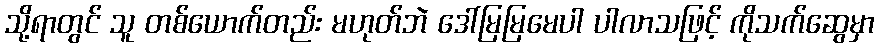
သို့ရာတွင် သူ တစ်ယောက်တည်း မဟုတ်ဘဲ ဒေါ်မြမြမေပါ ပါလာသဖြင့် ကိုသက်ဆွေမှာ